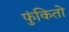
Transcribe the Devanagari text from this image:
फुंकितो